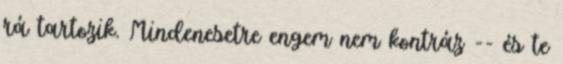
rá tartozik. Mindenesetre engem nem kontráz -- és te